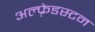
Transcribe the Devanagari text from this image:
अल्फ़्रेडस्टन